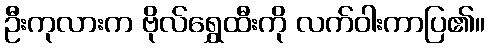
ဦးကုလားက ဗိုလ်ရွှေထီးကို လက်ဝါးကာပြ၏။